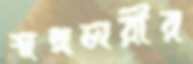
স্বপ্নচারীর